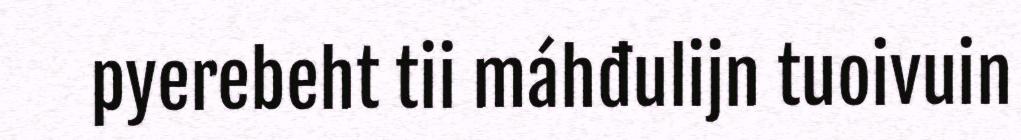
pyerebeht tii máhđulijn tuoivuin